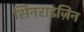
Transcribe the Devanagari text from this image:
सिनराइज़िन